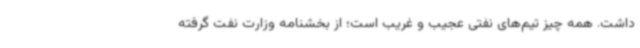
داشت. همه چیز تیم‌های نفتی عجیب و غریب است؛ از بخشنامه وزارت نفت گرفته